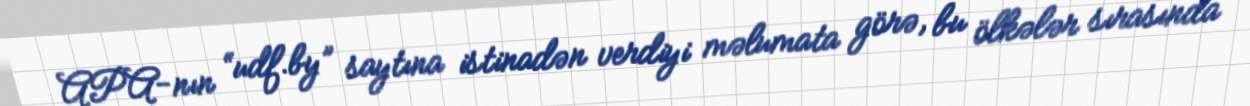
APA-nın “udf.by” saytına istinadən verdiyi məlumata görə, bu ölkələr sırasında